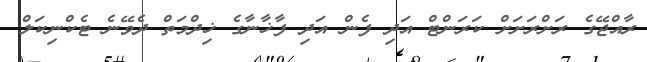
ރާއްޖޭގެ ރަށްރަށަށް ކަރަންޓް އަދި ފެން އަދި ފާޚާނާގެ ޚިދްމަތް ދެވޭނެ ޓެކްނިކަލް